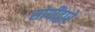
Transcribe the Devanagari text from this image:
सोयींद्वारे